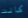
كانت